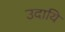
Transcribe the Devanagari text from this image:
उदायि